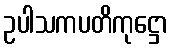
ဥပါသကပတိကုဋ္ဌော